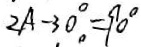
2 A - 3 0 ^ { \circ } = 9 0 ^ { \circ }